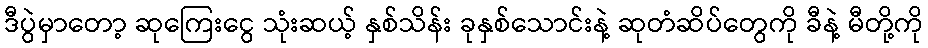
ဒီပွဲမှာတော့ ဆုကြေးငွေ သုံးဆယ့် နှစ်သိန်း ခုနှစ်သောင်းနဲ့ ဆုတံဆိပ်တွေကို ခီနဲ့ မီတို့ကို